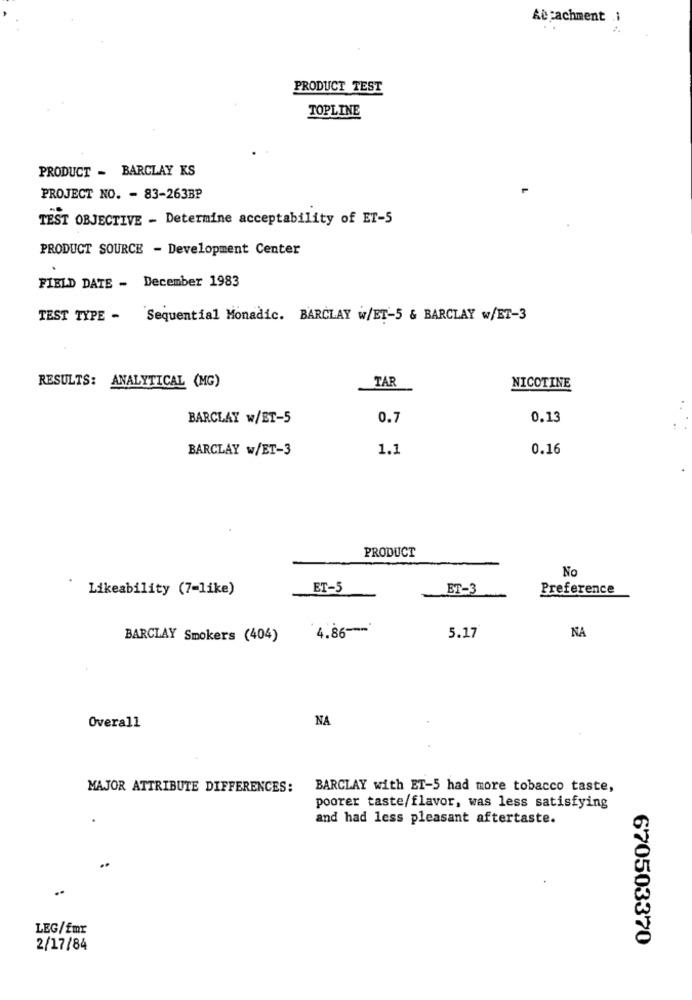
Abcachment .i
PRODUCT TEST
TOPLINE
PRODUCT - BARCLAY KS
PROJECT NO. - 83-263BP
TEST OBJECTIVE - Determine acceptability of ET-5
PRODUCT SOURCE - Development Center
FIELD DATE - December 1983
TEST TYPE - Sequential Monadic. BARCLAY w/BT-5 & BARCLAY w/ET-3
TAR
RESULTS: ANALYTICAL (MG)
NICOTINE
BARCLAY w/BT-5
0.7
0.13
BARCLAY w/ET-3
1.1
0.16
PRODUCT
No
Likeability (7-like)
ET-5
ET-3
Preference
4.86 ---
NA
BARCLAY Smokers (404)
5.17
NA
Overall
MAJOR ATTRIBUTE DIFFERENCES:
BARCLAY with ET-5 had more tobacco taste,
poorer taste/flavor, was less satisfying
and had less pleasant aftertaste.
LEG/Emr
670503370
2/17/84